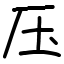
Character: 压